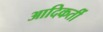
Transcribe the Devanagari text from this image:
आदिकर्ती